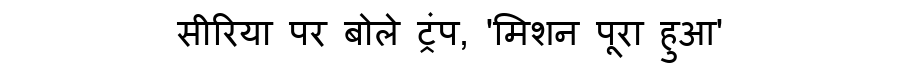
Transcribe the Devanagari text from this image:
सीरिया पर बोले ट्रंप, 'मिशन पूरा हुआ'